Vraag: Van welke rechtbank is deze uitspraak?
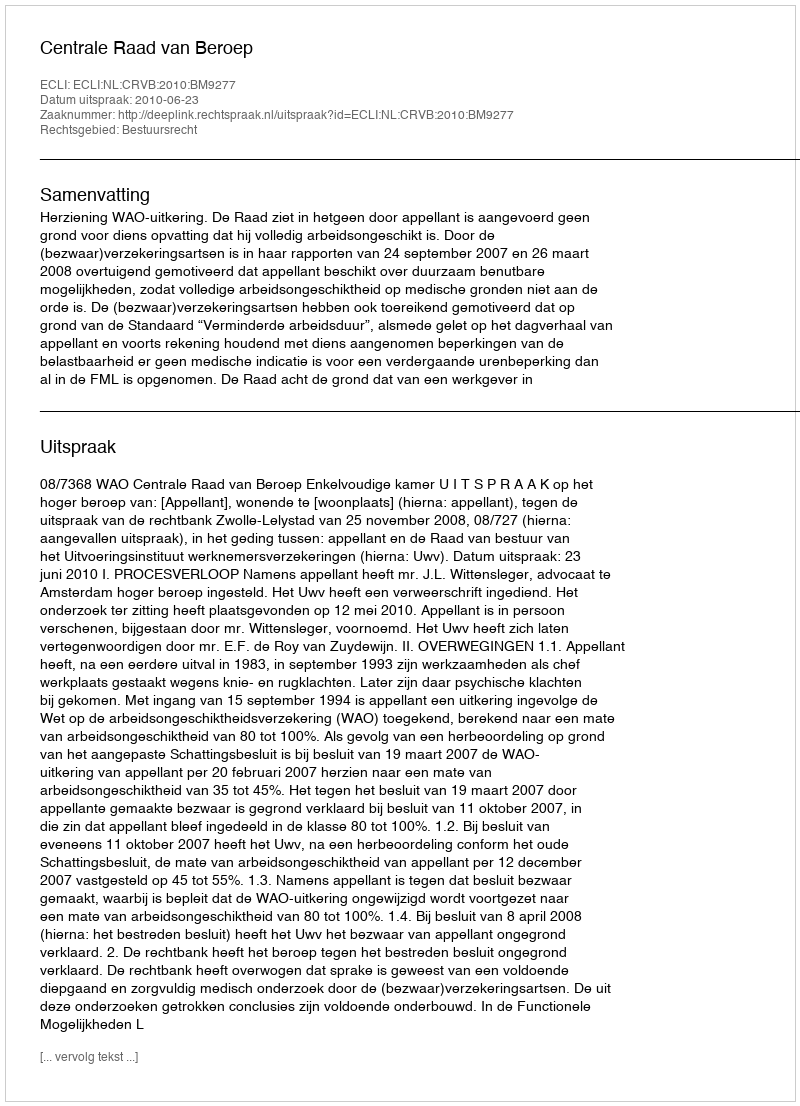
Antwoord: Centrale Raad van Beroep